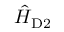
\hat { H } _ { \mathrm { D 2 } }